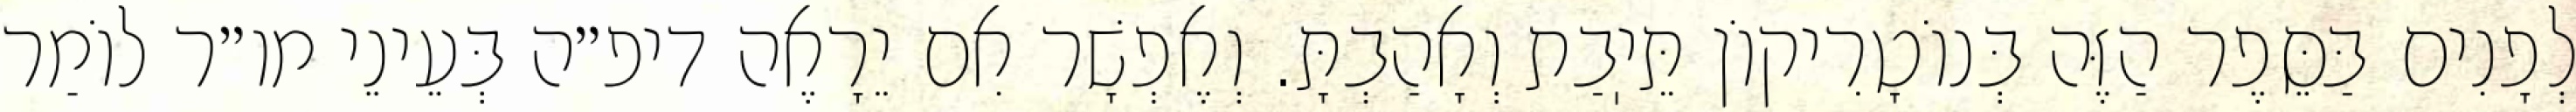
לְפָנִים בַּסֵּפֶר הַזֶּה בְּנוֹטָרִיקוֹן תֵּיֽבַת וְאָהַבְתָּ. וְאֶפְשָׁר אִם יֵרָאֶה דיפ״ה בְּעֵינֵי מו״ר לוֹמַר